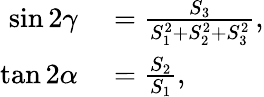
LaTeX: \begin{array}{rl}{\sin 2\gamma}&{{}=\frac{S_{3}}{S_{1}^{2}+S_{2}^{2}+S_{3}^{2}},}\\ {\tan 2\alpha}&{{}=\frac{S_{2}}{S_{1}},}\end{array}